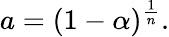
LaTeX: a=(1-\alpha)^{\frac{1}{n}}.